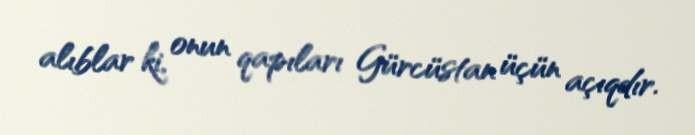
alıblar ki, onun qapıları Gürcüstan üçün açıqdır.